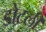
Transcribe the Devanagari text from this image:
डोटली